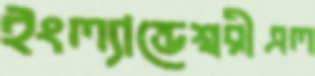
ইংল্যান্ডেশ্বরীএল